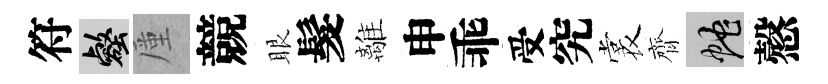
符壑厪競眼髮離申乖受究裳齊蛇慤